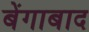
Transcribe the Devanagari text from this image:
बेंगाबाद